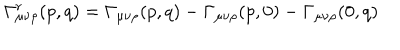
\Gamma _ { \mu \nu \rho } ^ { r } ( p , q ) = \Gamma _ { \mu \nu \rho } ( p , q ) - \Gamma _ { \mu \nu \rho } ( p , 0 ) - \Gamma _ { \mu \nu \rho } ( 0 , q )